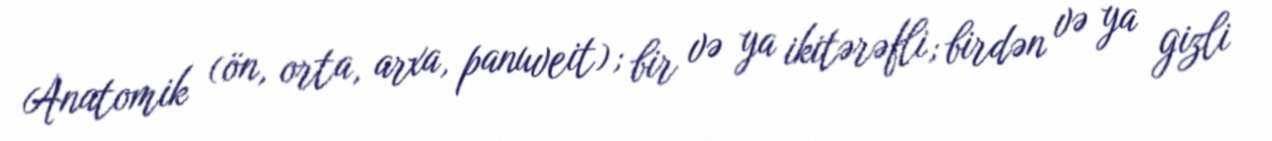
Anatomik (ön, orta, arxa, panuveit); bir və ya ikitərəfli; birdən və ya gizli